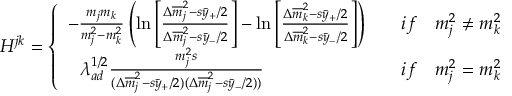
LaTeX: H ^ { j k } = \left\{ \begin{array} { l l } { { - { \frac { m _ { j } m _ { k } } { m _ { j } ^ { 2 } - m _ { k } ^ { 2 } } } \left( \ln \left[ { \frac { \Delta { \overline { { m } } } _ { j } ^ { 2 } - s \bar { y } _ { + } / 2 } { \Delta { \overline { { m } } } _ { j } ^ { 2 } - s \bar { y } _ { - } / 2 } } \right] - \ln \left[ { \frac { \Delta { \overline { { m } } } _ { k } ^ { 2 } - s \bar { y } _ { + } / 2 } { \Delta { \overline { { m } } } _ { k } ^ { 2 } - s \bar { y } _ { - } / 2 } } \right] \right) } } & { { \quad i f \quad m _ { j } ^ { 2 } \ne m _ { k } ^ { 2 } } } \\ { { \, \, \, \, \lambda _ { a d } ^ { 1 / 2 } { \frac { m _ { j } ^ { 2 } s } { ( \Delta { \overline { { m } } } _ { j } ^ { 2 } - s \bar { y } _ { + } / 2 ) ( \Delta { \overline { { m } } } _ { j } ^ { 2 } - s \bar { y } _ { - } / 2 ) ) } } } } & { { \quad i f \quad m _ { j } ^ { 2 } = m _ { k } ^ { 2 } } } \end{array} \right.